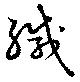
緘